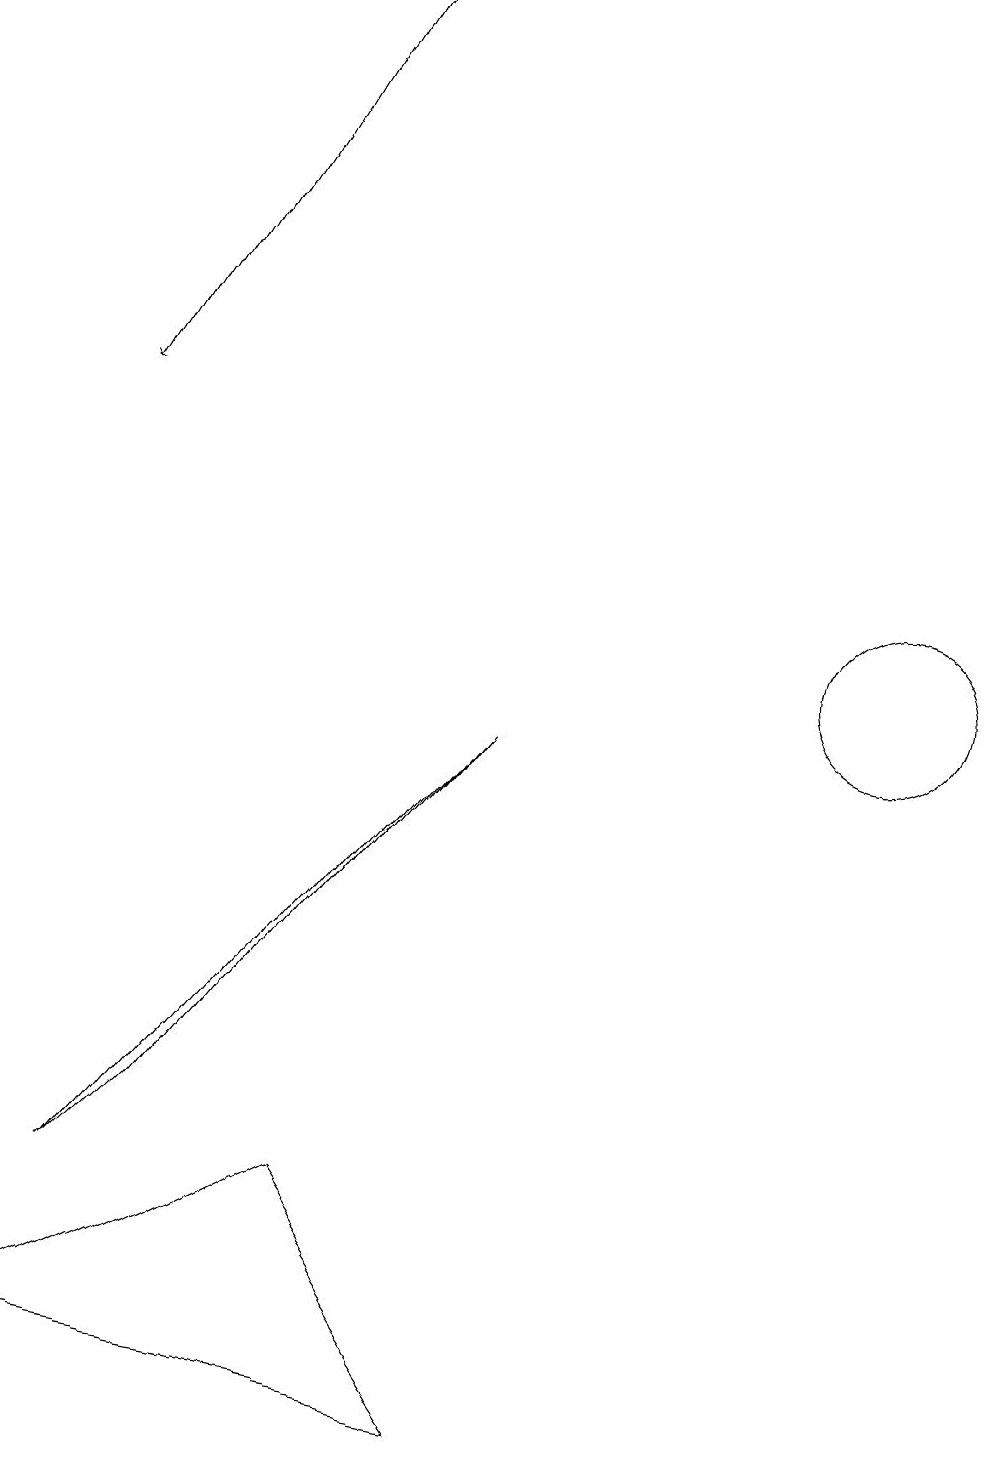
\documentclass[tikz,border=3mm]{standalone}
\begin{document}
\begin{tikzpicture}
\draw (1,3) -- (2,4) -- (6,9) -- cycle;
\draw (11,11) circle (0);
\draw (11,10) circle (1);
\draw[->] (4,18) -- (1,13);
\draw (6,0) -- (4,3) -- (0,1) -- cycle;
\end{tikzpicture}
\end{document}